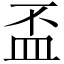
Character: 盃